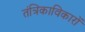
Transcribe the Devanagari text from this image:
तंत्रिकाविकारों